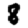
Digit: 8